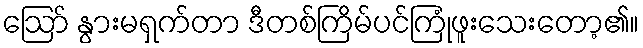
ဪ နွားမရှက်တာ ဒီတစ်ကြိမ်ပင်ကြုံဖူးသေးတော့၏။